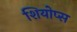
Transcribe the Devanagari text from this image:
शियोप्‍स